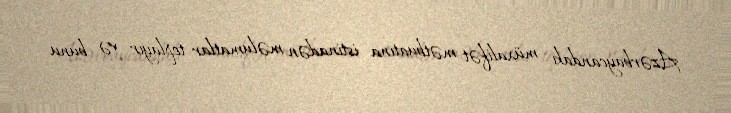
Azərbaycandakı müxalifət mətbuatına istinadən məlumatlar toplayır və bunu